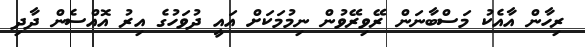
ރިހާން އާއެކު މަސްބާނަން ރޭވިރޭވުން ނިމުމަކަށް އައީ ދުވަހުގެ އިރު އޮއްސެން ދާދި